Leningradi_Edasi_toimetus, lk 199
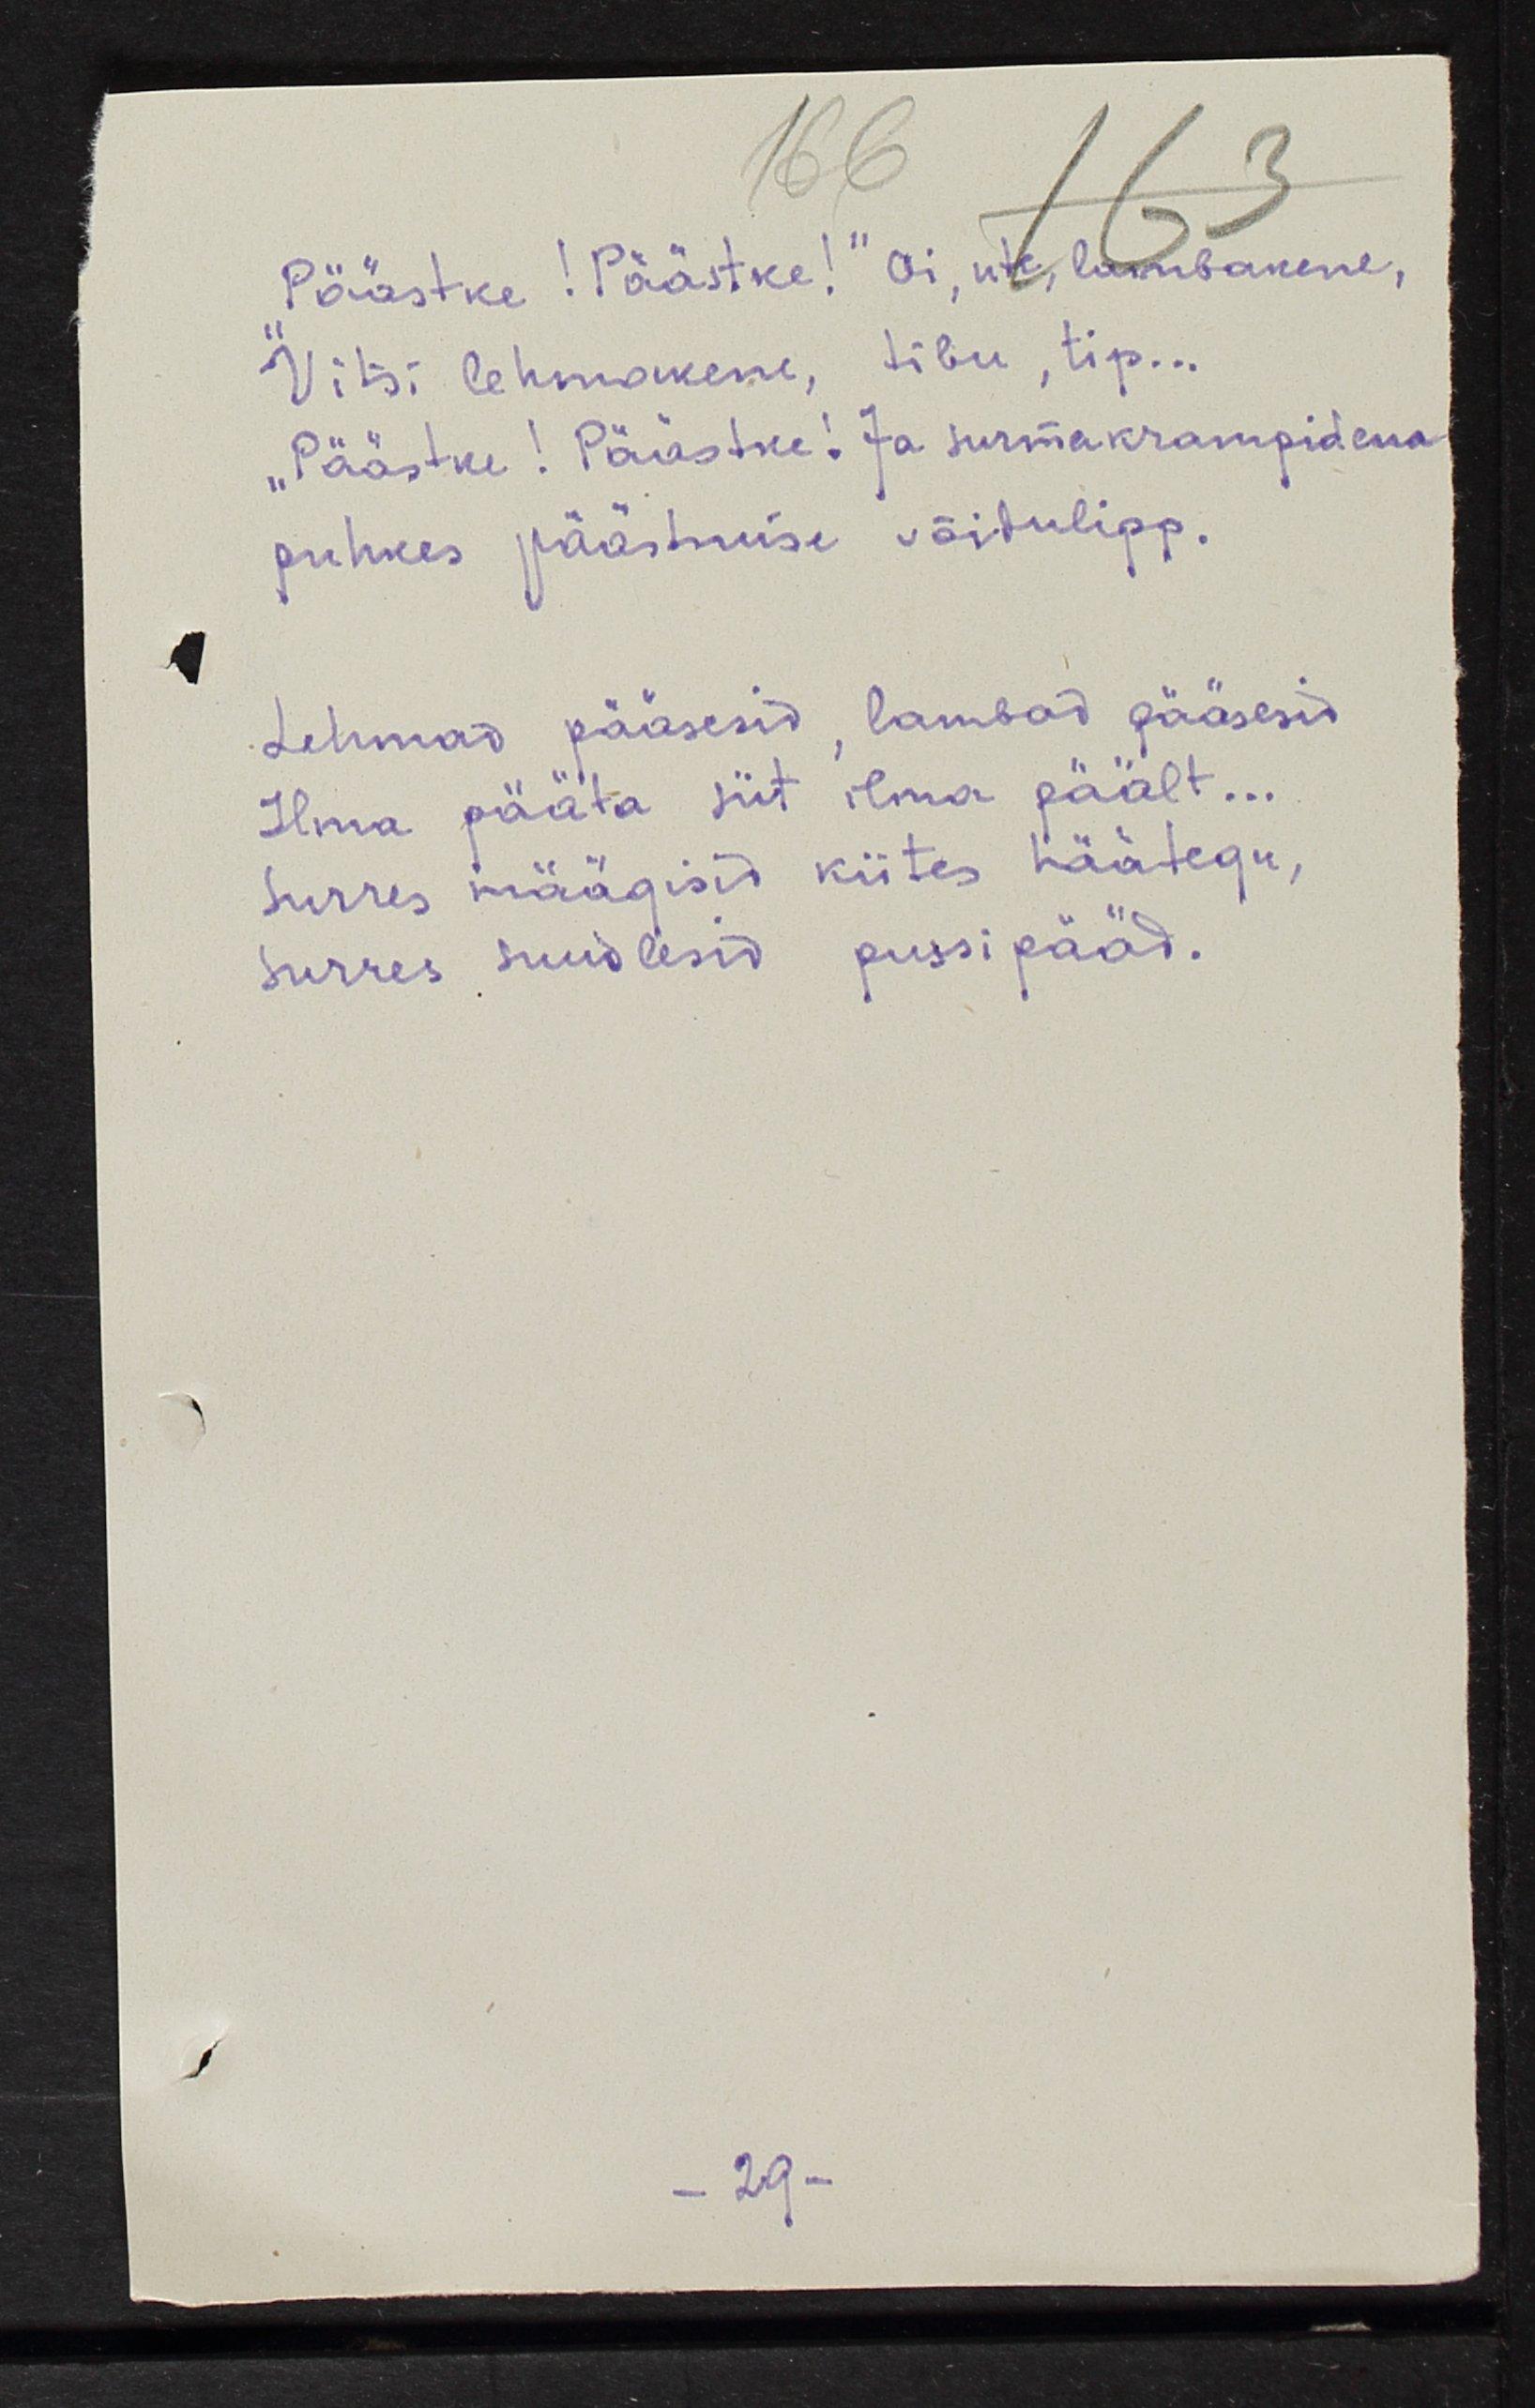
"Päästke! Päästke!" Oi, ute, lambakene,
Vissi lehmakene, tibu, tip...
"Päästke! Päästke! Ja surmakrampidena
puhkes päästmise võidulipp.
Lehmad pääsesid, lambad pääsesid
Ilma pääta siit ilma päält...
Surres määgisid kiites häätegu
surres suudlesid pussi pääd.